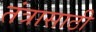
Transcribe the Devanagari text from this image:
तंत्रासाठी